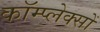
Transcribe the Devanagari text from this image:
कॉम्प्लेक्सों